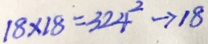
1 8 \times 1 8 = 3 2 4 ^ { 2 } \rightarrow 1 8